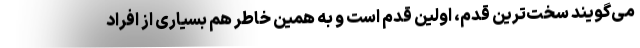
می‌گویند سخت‌ترین قدم، اولین قدم است و به همین خاطر هم بسیاری از افراد